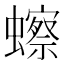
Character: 𫟗